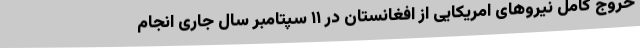
خروج کامل نیروهای امریکایی از افغانستان در ۱۱ سپتامبر سال جاری انجام